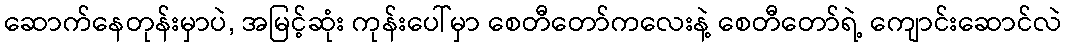
ဆောက်နေတုန်းမှာပဲ, အမြင့်ဆုံး ကုန်းပေါ်မှာ စေတီတော်ကလေးနဲ့ စေတီတော်ရဲ့ ကျောင်းဆောင်လဲ